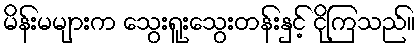
မိန်းမများက သွေးရူးသွေးတန်းနှင့် ငိုကြသည်။